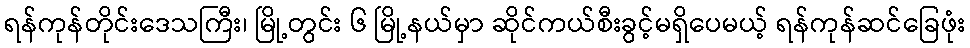
ရန်ကုန်တိုင်းဒေသကြီး၊ မြို့တွင်း ၆ မြို့နယ်မှာ ဆိုင်ကယ်စီးခွင့်မရှိပေမယ့် ရန်ကုန်ဆင်ခြေဖုံး